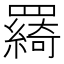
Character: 𦌰